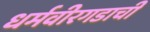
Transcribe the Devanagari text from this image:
धर्मवीरगडाची